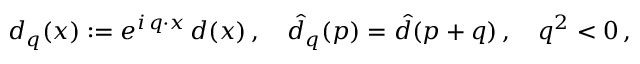
d _ { q } ( x ) : = e ^ { i \, q \cdot x } \, d ( x ) \, , \quad \hat { d } _ { q } ( p ) = \hat { d } ( p + q ) \, , \quad q ^ { 2 } < 0 \, ,